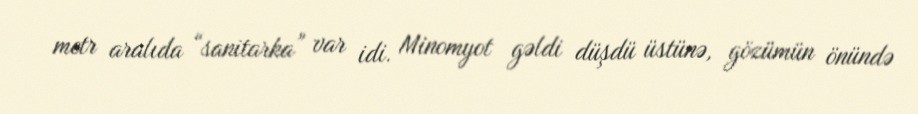
metr aralıda “sanitarka” var idi. Minomyot gəldi düşdü üstünə, gözümün önündə